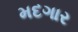
મદગાર